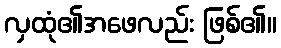
လှထုံ၏အဖေလည်း ဖြစ်၏။